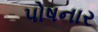
પોષનાર